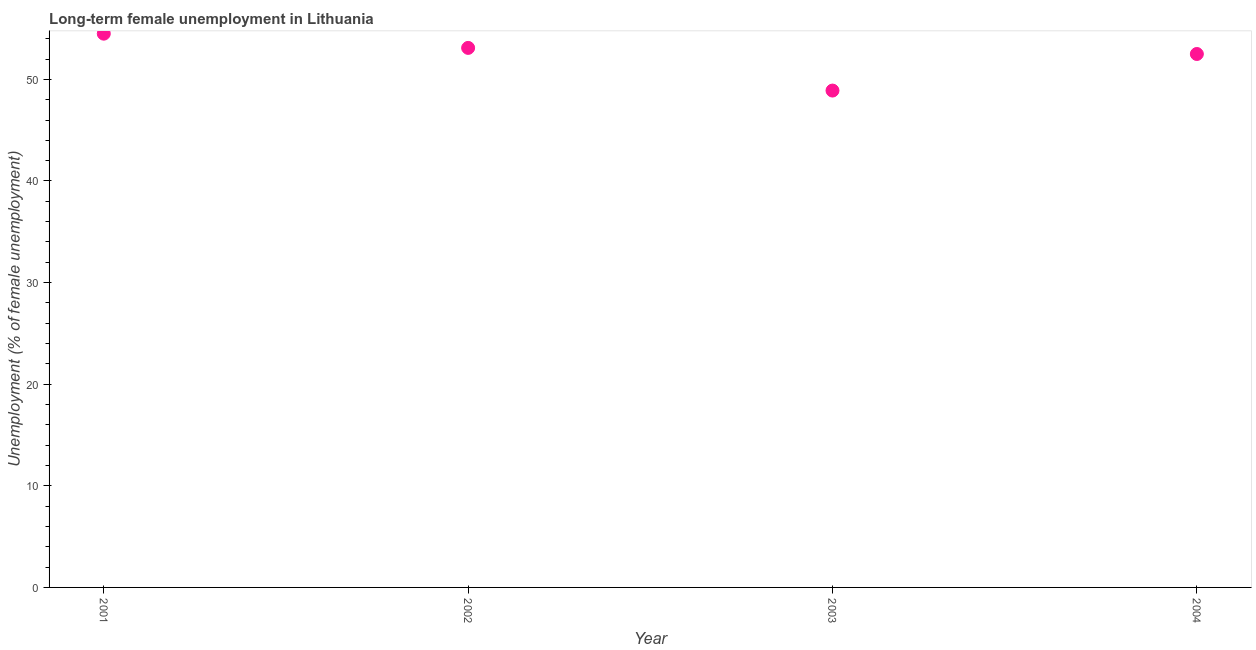
| Year | Long-term unemployment female |
 | --- | --- |
 | 2001 | 54.5 |
 | 2002 | 53.1 |
 | 2003 | 48.9 |
 | 2004 | 52.5 |